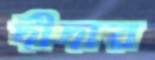
দীদার